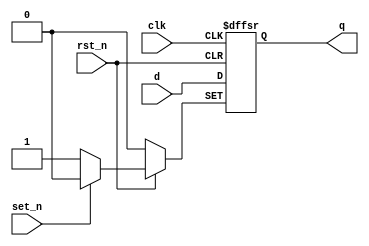
`timescale 1ns / 1ps
//////////////////////////////////////////////////////////////////////////////////
// Company: 
// Engineer: 
// 
// Design Name: 
// Module Name: D_trigger
// Project Name: 
// Target Devices: 
// Tool Versions: 
// Description: 
// 
// Dependencies: 
// 
// Revision:
// Revision 0.01 - File Created
// Additional Comments:
// 
//////////////////////////////////////////////////////////////////////////////////


module D_trigger(
    input clk,
    input rst_n,
    input set_n,
    input d,
    output q
    );
    reg qout;
    assign q=qout;
    
    always @ (posedge clk, negedge rst_n, negedge set_n) begin
        if (!rst_n) qout=0;
        else if (!set_n) qout=1;
        else qout=d;
    end
endmodule